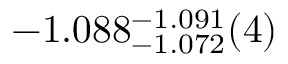
- 1 . 0 8 8 _ { - 1 . 0 7 2 } ^ { - 1 . 0 9 1 } ( 4 )